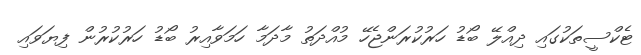
ޓެކްސީތަކުގައި ދިއްލޭ ބޯޑު ހަރުކުރަންޖެހޭ މުއްދަތު މާދަމާ ހަމަވާއިރު ބޯޑު ހަރުކުރުން ފިޔަވައި